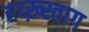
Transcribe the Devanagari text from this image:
रय्ख़्स्ताग